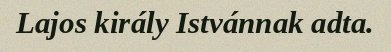
Lajos király Istvánnak adta.